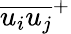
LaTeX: {\overline{{{u_{i}}{u_{j}}}}}^{+}